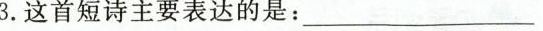
3.这首短诗主要表达的是：___